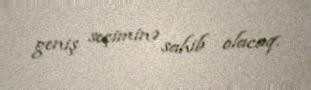
geniş seçiminə sahib olacaq.